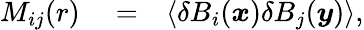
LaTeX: \begin{array}{rlr}{M_{ij}(r)}&{{}=}&{\langle\delta B_{i}(\boldsymbol{x})\delta B_{j}(\boldsymbol{y})\rangle,}\end{array}